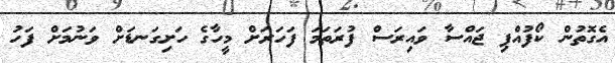
އެގޮތުން ކޯފުއްޕި ޖައްސާ ވައިރަސް ފުރަތަމަ ފަހަރަށް މީހާގެ ހަށިގަނޑަށް ވަނުމަށް ފަހު